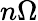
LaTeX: n\Omega